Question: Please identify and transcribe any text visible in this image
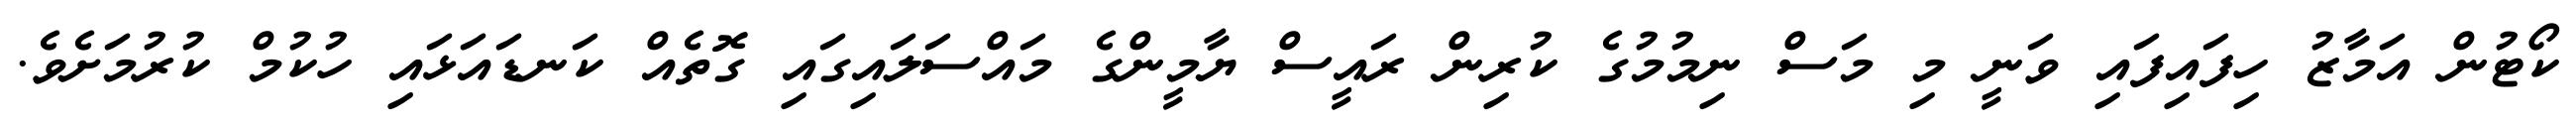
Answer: ކޯޓުން އަމާޒު ހިފައިފައި ވަނީ މި މަސް ނިމުމުގެ ކުރިން ރައީސް ޔާމީންގެ މައްސަލައިގައި ގޮތެއް ކަނޑައަޅައި ހުކުމް ކުރުމަށެވެ.